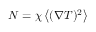
N = \chi \left\langle ( \nabla T ) ^ { 2 } \right\rangle